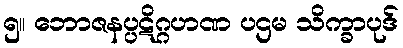
၅။ ဘောဇနပ္ပဋိဂ္ဂဟဏ ပဌမ သိက္ခာပုဒ်